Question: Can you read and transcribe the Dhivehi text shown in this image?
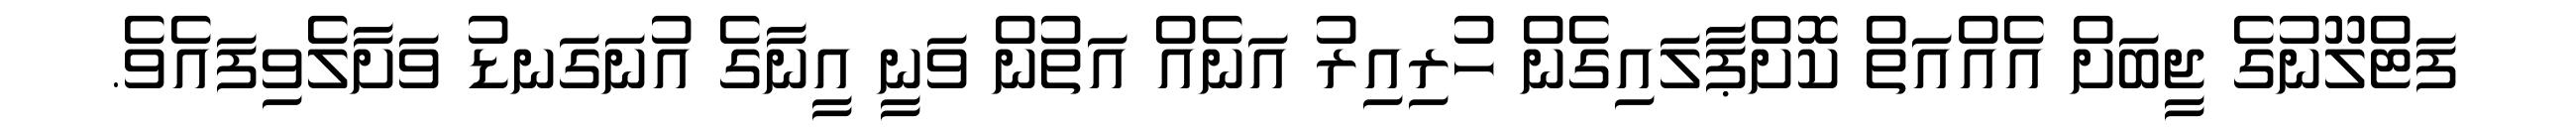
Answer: ފަޓްލޫނުގެ ޖީބަށް އެއްއަތް ކޮށްޕާލައިގެން ހުރިއިރު އަނެއް އަތުން ވަނީ އީނާގެ އުނަގަނޑު ވަށާލެވިފައެވެ.